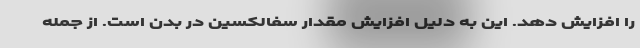
را افزایش دهد. این به دلیل افزایش مقدار سفالکسین در بدن است. از جمله